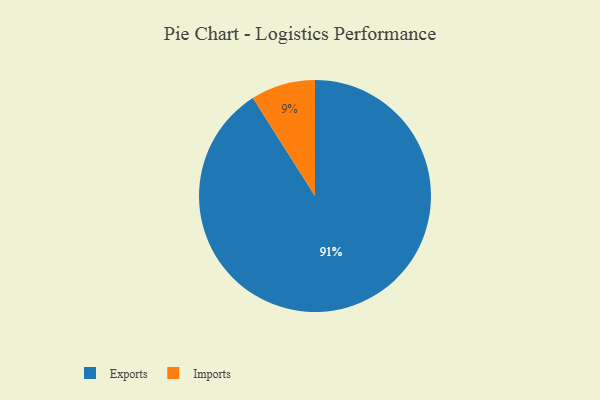
{"axis": {"x": "Category", "y": "Percentage"}, "legend": ["Exports", "Imports"], "data": [{"x": "Exports", "y": 91, "type": "Exports"}, {"x": "Imports", "y": 9, "type": "Imports"}]}